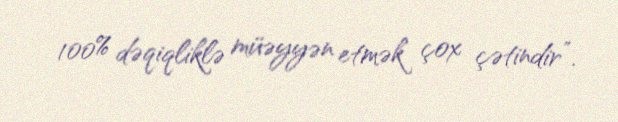
100% dəqiqliklə müəyyən etmək çox çətindir”.